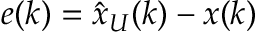
e ( k ) = { \hat { x } } _ { U } ( k ) - x ( k )